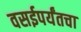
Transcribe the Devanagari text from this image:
वसईपर्यंतचा